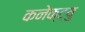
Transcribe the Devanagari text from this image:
कनेक्ट्यु